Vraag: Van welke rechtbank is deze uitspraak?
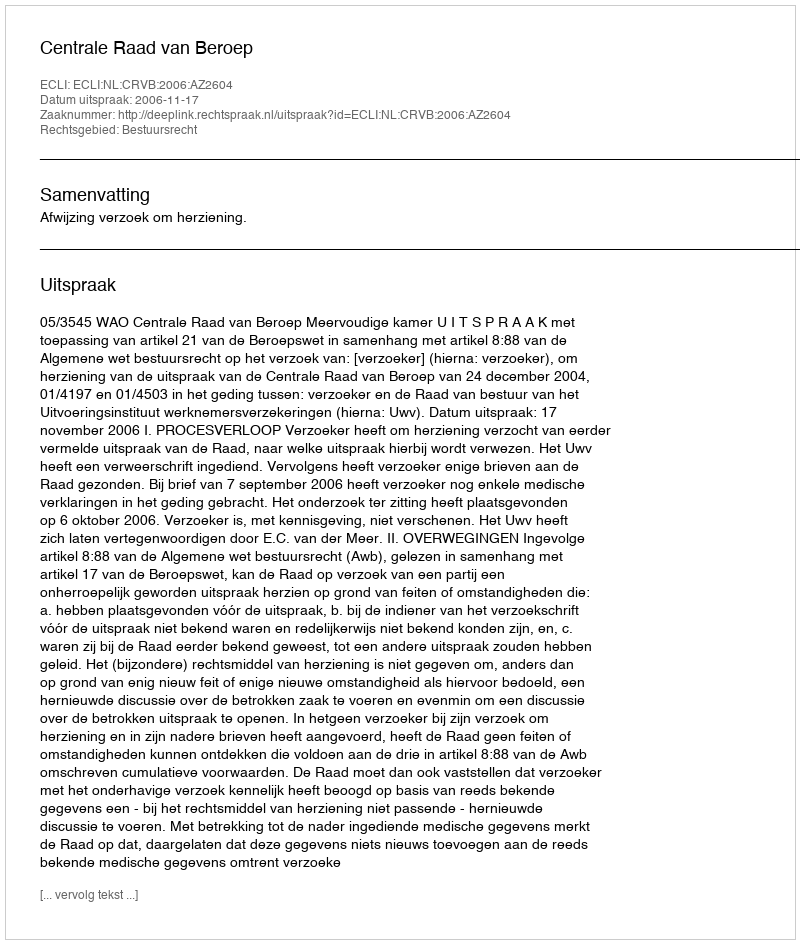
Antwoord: Centrale Raad van Beroep